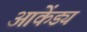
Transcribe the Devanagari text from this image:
आकेंड्य